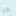
هيا